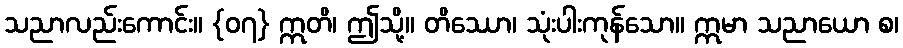
သညာလည်းကောင်း။ {၀၇} ဣတိ၊ ဤသို့။ တိဿော၊ သုံးပါးကုန်သော။ ဣမာ သညာယော စ၊